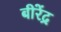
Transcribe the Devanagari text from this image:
बीरेंद्र